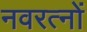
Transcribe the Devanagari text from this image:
नवरत्‍नों